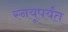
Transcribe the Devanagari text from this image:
स्नयूपर्यंत